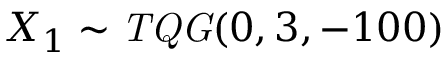
X _ { 1 } \sim \mathit { T Q G } ( 0 , 3 , - 1 0 0 )